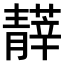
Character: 𩇡